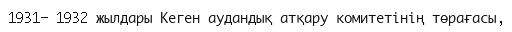
1931- 1932 жылдары Кеген аудандық атқару комитетінің төрағасы,